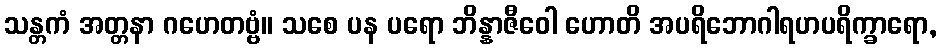
သန္တကံ အတ္တနာ ဂဟေတဗ္ဗံ။ သစေ ပန ပရော ဘိန္နာဇီဝေါ ဟောတိ အပရိဘောဂါရဟပရိက္ခာရော,